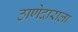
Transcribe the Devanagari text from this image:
ठाणेदाराला